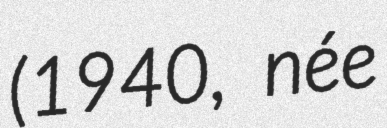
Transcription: (1940, née